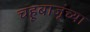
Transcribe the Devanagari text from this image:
चहूबाजूंच्या